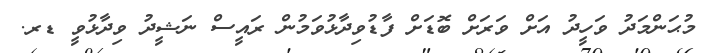
މުޙަންމަދު ވަހީދު އަށް ވަރަށް ބޮޑަށް ފާޑުވިދާޅުވަމުން ރައީސް ނަޝީދު ވިދާޅުވީ ޑރ.